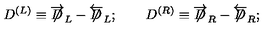
D ^ { ( L ) } \equiv \overrightarrow { \not \! \! D } _ { L } - \overleftarrow { \not \! \! D } _ { L } ; \qquad D ^ { ( R ) } \equiv \overrightarrow { \not \! \! D } _ { R } - \overleftarrow { \not \! \! D } _ { R } ;